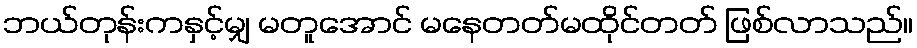
ဘယ်တုန်းကနှင့်မျှ မတူအောင် မနေတတ်မထိုင်တတ် ဖြစ်လာသည်။